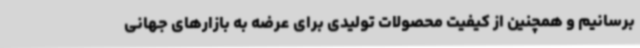
برسانیم و همچنین از کیفیت محصولات تولیدی برای عرضه به بازارهای جهانی